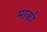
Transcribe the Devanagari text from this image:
माकौ